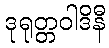
ဒုရုတ္တဝါဒိနီ